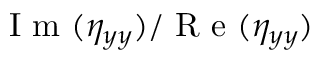
\mathrm { ~ I ~ m ~ } ( \eta _ { y y } ) / \mathrm { ~ R ~ e ~ } ( \eta _ { y y } )